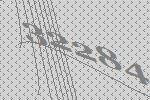
32284